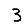
Digit: 3